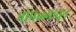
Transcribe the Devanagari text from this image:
भोपळ्यातुन